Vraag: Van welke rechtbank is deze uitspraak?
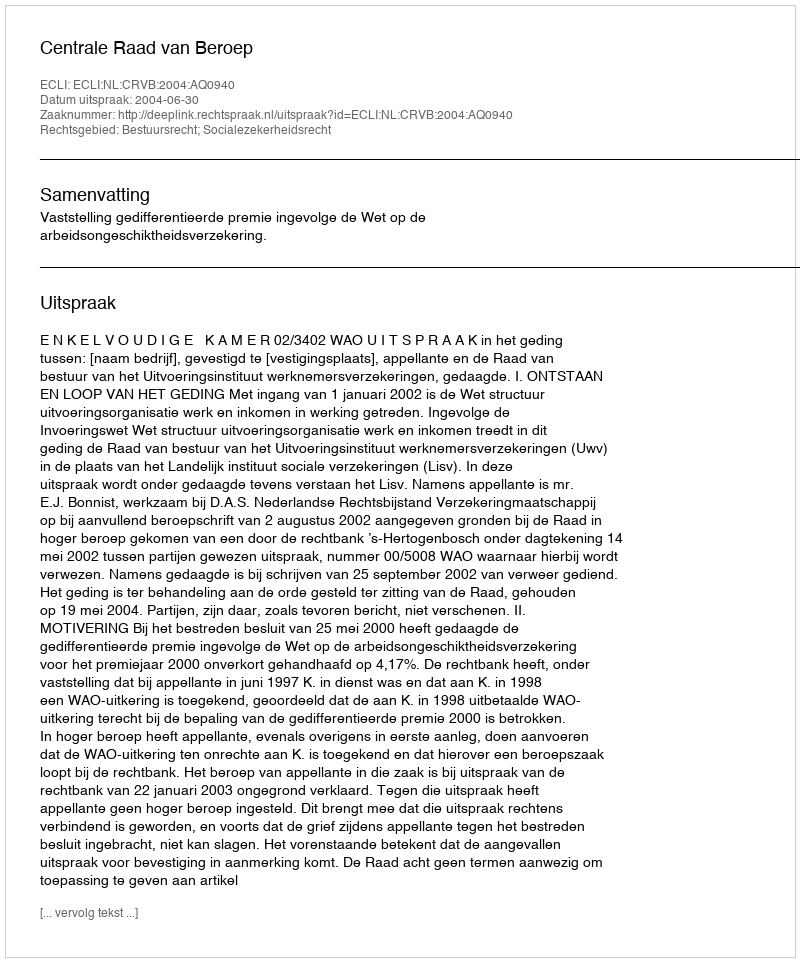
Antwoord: Centrale Raad van Beroep